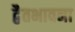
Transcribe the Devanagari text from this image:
द्वैतभावना